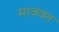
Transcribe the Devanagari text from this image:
माजवत